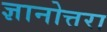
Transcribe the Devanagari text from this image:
ज्ञानोत्तरा